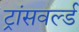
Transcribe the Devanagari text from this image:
ट्रांसवर्ल्ड